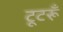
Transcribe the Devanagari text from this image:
टूटरूँ